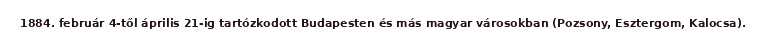
1884. február 4-től április 21-ig tartózkodott Budapesten és más magyar városokban (Pozsony, Esztergom, Kalocsa).